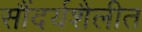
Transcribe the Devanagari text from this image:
सौंदर्यशैलीत